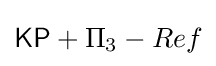
{\mathsf {KP}}+\Pi _{3}-Ref